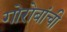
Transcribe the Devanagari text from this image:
गोरोबांची